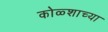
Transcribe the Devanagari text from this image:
कोळ्शाच्या